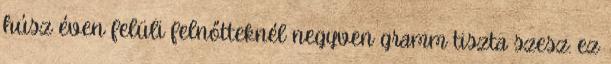
húsz éven felüli felnőtteknél negyven gramm tiszta szesz: ez